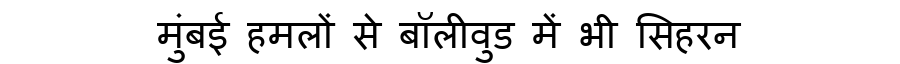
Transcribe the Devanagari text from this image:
मुंबई हमलों से बॉलीवुड में भी सिहरन